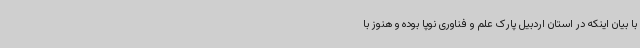
با بیان اینکه در استان اردبیل پارک علم و فناوری نوپا بوده و هنوز با